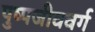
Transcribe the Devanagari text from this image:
पुष्पजीववर्ग